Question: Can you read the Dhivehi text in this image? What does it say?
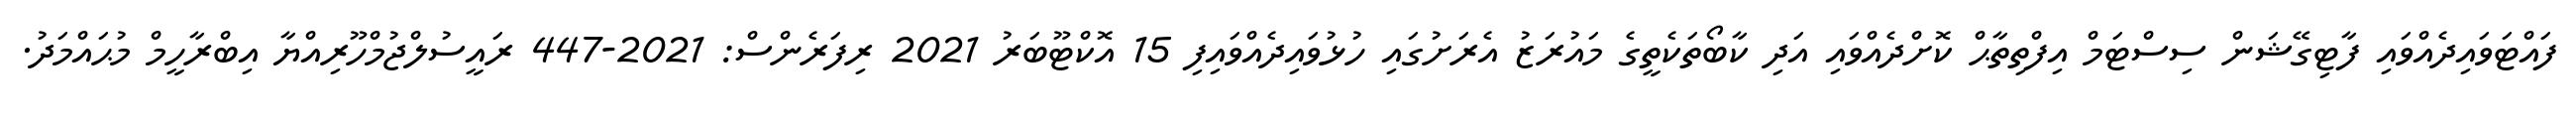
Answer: ފައްޓަވައިދެއްވައި ފާޓިގޭޝަން ސިސްޓަމް އިފްތިތާޙް ކޮށްދެއްވައި އަދި ކާބޯތަކެތީގެ މައުރަޒު އެރަށުގައި ހުޅުވައިދެއްވައިފި 15 އޮކްޓޫބަރު 2021 ރިފަރެންސް: 2021-447 ރައީސުލްޖުމްހޫރިއްޔާ އިބްރާހީމް މުޙައްމަދު.